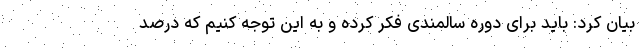
بیان کرد: باید برای دوره سالمندی فکر کرده و به این توجه کنیم که درصد